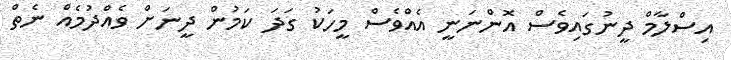
އިސްލާމް ދީނުގައިވެސް އޮންނަނީ އެއްވެސް މީހަކު ގަދަ ކަމުން ދީނަށް ވެއްދުމެއް ނެތް